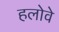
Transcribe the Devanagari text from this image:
हलोवे